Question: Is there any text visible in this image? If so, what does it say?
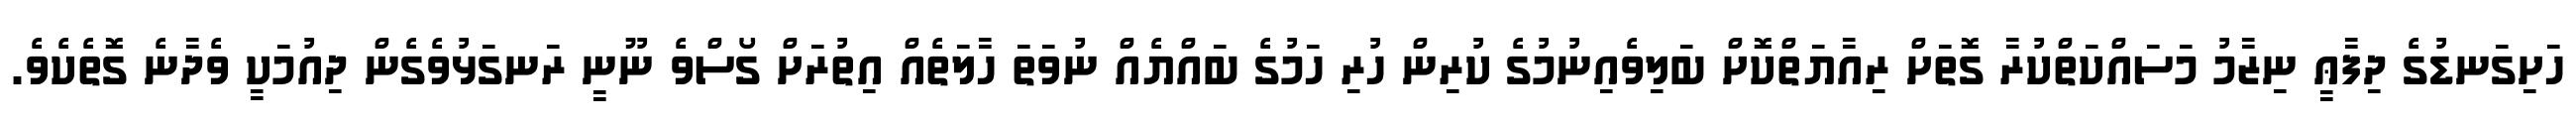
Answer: ހަށިގަނޑުގެ ދިފާޢީ ނިޒާމު މަސައްކަތްކުރާ ގޮތަށް ރިއާޔަތްކޮށް ބަލިވެއިނުމުގެ ކުރިން ހުރި ހަމުގެ ބައްޔެއް ނުވަތަ ހާލަތެއް އިތުރަށް ގޯސްވެ ނޫނީ ރަނގަޅުވެގެން ދިއުމަކީ ވެދާނެ ގޮތެކެވެ.